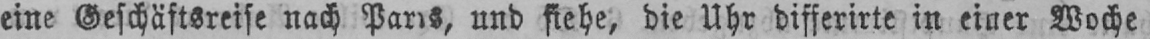
eine Geschäftsreise nach Paris, und siehe, die Uhr differirte in einer Woche